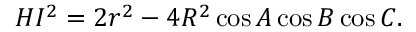
H I ^ { 2 } = 2 r ^ { 2 } - 4 R ^ { 2 } \cos A \cos B \cos C .